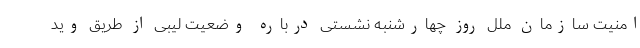
امنیت سازمان ملل روز چهارشنبه نشستی درباره وضعیت لیبی از طریق وید